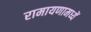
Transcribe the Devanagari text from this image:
रामायणामध्यें